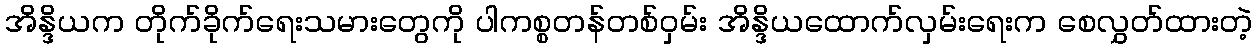
အိန္ဒိယက တိုက်ခိုက်ရေးသမားတွေကို ပါကစ္စတန်တစ်ဝှမ်း အိန္ဒိယထောက်လှမ်းရေးက စေလွှတ်ထားတဲ့